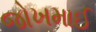
જોખમાઈ